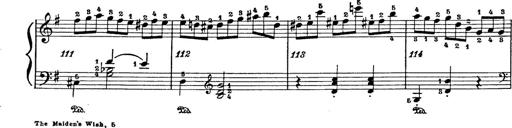
Title: 6 Polish Songs
Composer: Franz Liszt